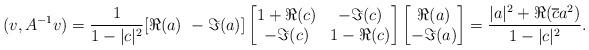
LaTeX: \begin{align*}(v,A^{-1}v) = \frac{1}{1-|c|^2}[\Re(a)\,\,-\Im(a)]\begin{bmatrix}1+\Re(c)&-\Im(c)\\-\Im(c)&1-\Re(c)\end{bmatrix}\begin{bmatrix}\Re(a)\\-\Im(a)\end{bmatrix}=\frac{|a|^2+\Re(\overline{c}a^2)}{1-|c|^2}.\end{align*}